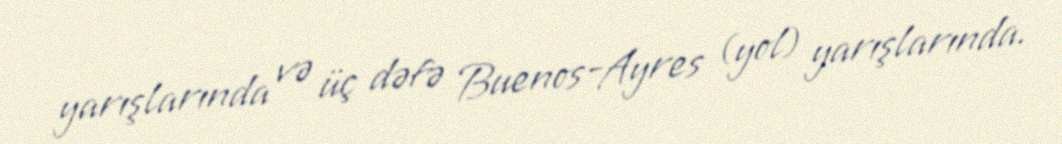
yarışlarında və üç dəfə Buenos-Ayres (yol) yarışlarında.